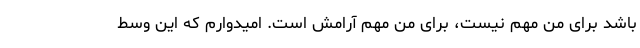
باشد برای من مهم نیست، برای من مهم آرامش است. امیدوارم که این وسط